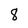
Character: 8